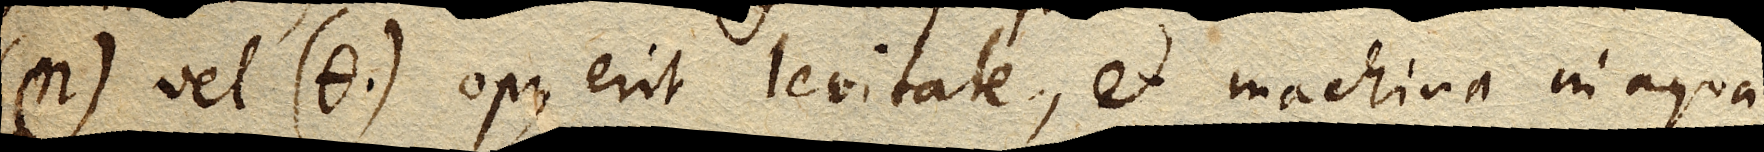
(η) vel (θ) opus erit levitate, et machina in aqua